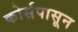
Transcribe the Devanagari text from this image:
कोर्सपासून